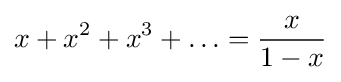
x+x^{2}+x^{3}+\ldots ={\frac {x}{1-x}}